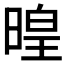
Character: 𣈷